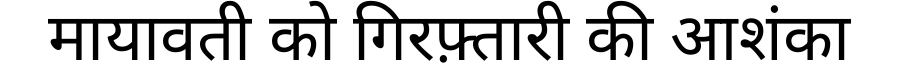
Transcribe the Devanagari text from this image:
मायावती को गिरफ़्तारी की आशंका